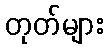
တုတ်များ